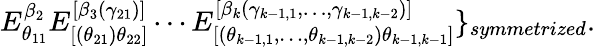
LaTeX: E_{\theta_{11}}^{\beta_{2}}E_{[(\theta_{21})\theta_{22}]}^{[\beta_{3}(\gamma_{21})]}\cdots E_{[(\theta_{k-1,1},\ldots,\theta_{k-1,k-2})\theta_{k-1,k-1}]}^{[\beta_{k}(\gamma_{k-1,1},\ldots,\gamma_{k-1,k-2})]}\} _{symmetrized}.